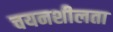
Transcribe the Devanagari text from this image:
चयनशीलता